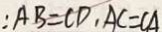
: A B = C D , A C = C A